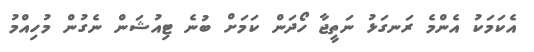
އެކަމަކު އެންމެ ރަނގަޅު ނަތީޖާ ހޯދަން ކަމަށް ބުނެ ޓިއުޝަން ނެގުން މުހިއްމު